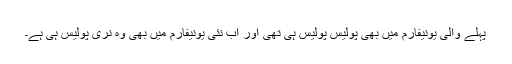
پہلے والی یونیفارم میں بھی پولیس پولیس ہی تھی اور اب نئی یونیفارم میں بھی وہ نری پولیس ہی ہے۔